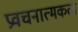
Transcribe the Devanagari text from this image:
प्रवचनात्मकता